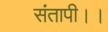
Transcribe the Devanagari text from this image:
संतापी।।